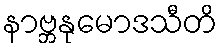
နာဗ္ဘနုမောဒသီတိ